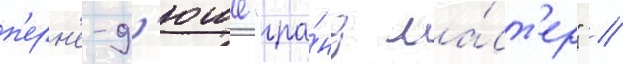
п'ерн'е-д'юше "гра́нд ма́ст'ер" //